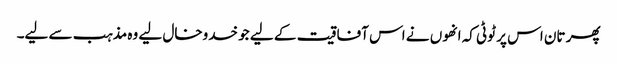
پھر تان اس پر ٹوٹی کہ انھوں نے اس آفاقیت کے لیے جو خدوخال لیے وہ مذہب سے لیے۔